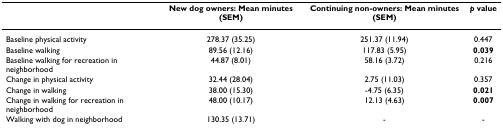
<table><thead><tr><td></td><td><b>New dog owners: Mean minutes (SEM)</b></td><td><b>Continuing non-owners: Mean minutes (SEM)</b></td><td><b><i>p </i>value</b></td></tr></thead><tbody><tr><td>Baseline physical activity</td><td>278.37 (35.25)</td><td>251.37 (11.94)</td><td>0.447</td></tr><tr><td>Baseline walking</td><td>89.56 (12.16)</td><td>117.83 (5.95)</td><td><b>0.039</b></td></tr><tr><td>Baseline walking for recreation in neighborhood</td><td>44.87 (8.01)</td><td>58.16 (3.72)</td><td>0.216</td></tr><tr><td>Change in physical activity</td><td>32.44 (28.04)</td><td>2.75 (11.03)</td><td>0.357</td></tr><tr><td>Change in walking</td><td>38.00 (15.30)</td><td>-4.75 (6.35)</td><td><b>0.021</b></td></tr><tr><td>Change in walking for recreation in neighborhood</td><td>48.00 (10.17)</td><td>12.13 (4.63)</td><td><b>0.007</b></td></tr><tr><td>Walking with dog in neighborhood</td><td>130.35 (13.71)</td><td>-</td><td>-</td></tr></tbody></table>